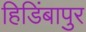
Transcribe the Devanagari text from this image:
हिडिंबापुर